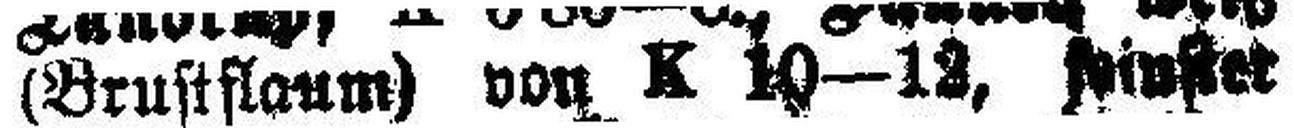
(Brustflaum) von K 10—12, ###instet